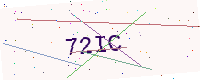
Text: 72IC